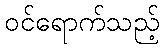
ဝင်ရောက်သည့်